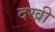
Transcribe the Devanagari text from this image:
दखी